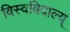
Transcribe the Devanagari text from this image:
विस्वविदाल्य्